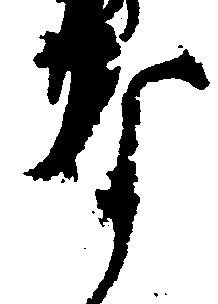
な